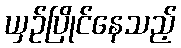
ယှဉ်ပြိုင်နေသည့်